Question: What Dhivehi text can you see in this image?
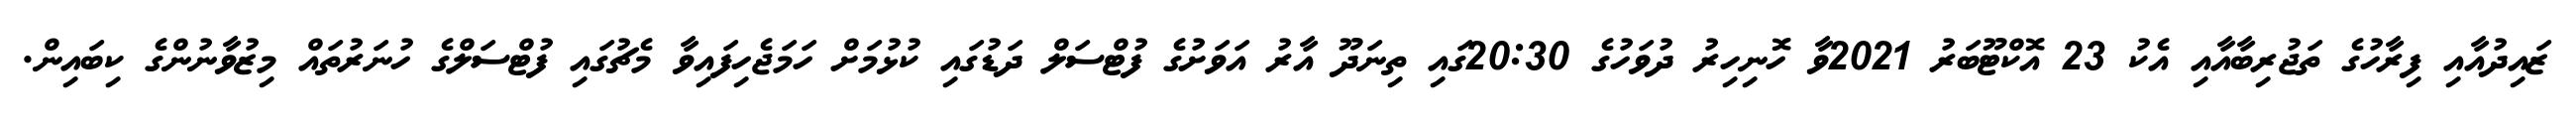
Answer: ޒައިދުއާއި ފިރާހުގެ ތަޖުރިބާއާއި އެކު 23 އޮކްޓޫބަރު 2021ވާ ހޮނިހިރު ދުވަހުގެ 20:30ގައި ތިނަދޫ އާރު އަވަށުގެ ފުޓްސަލް ދަޑުގައި ކުޅުމަށް ހަމަޖެހިފައިވާ މެޗުގައި ފުޓްސަލްގެ ހުނަރުތައް މިޒުވާނުންގެ ކިބައިން.